system: You are a helpful assistant.
user:
Analyze the provided spectrum to determine if it is a **M-type Giant (gM)**.

A M-type Giant spectrum is defined by its **strong molecular absorption** features, particularly from **Titanium Oxide (TiO)**. You must check for one of the following mutually exclusive signatures:

- **Key Visual Indicators (Absorption-Dominated Spectrum):**

    - **(Primary):** The spectrum is dominated by strong molecular absorption from **Titanium Oxide (TiO)**. This is the **defining feature** of its M-type temperature class.
        - **(Key Bandheads):** Look for sharp, "saw-tooth" absorption valleys. The strongest are located near **~7050 Å**, **~6160 Å**, and **~5170 Å**.
        - **(Line Profile):** The "saw-tooth" morphology is critical: a **sharp, steep drop on the BLUE (short-wavelength) side** of the bandhead, followed by a gradual recovery (rising flux) towards the RED (long-wavelength) side.

    - **(Key Confirmation - Giant vs. Dwarf):** **ABSENCE** of strong **Calcium Hydride (CaH)** molecular bands. This is the primary diagnostic for *excluding* M-dwarfs.
        - **(Key Region):** The spectrum should lack the strong, broad absorption band seen in dwarfs between **~6800 Å and ~7000 Å**.

    - **(Secondary Confirmation - Giant):** A very strong and broad **Neutral Calcium (Ca I)** atomic absorption line.
        - **(Key Line):** Located at **~4226 Å**. In a giant (gM), this line is significantly deeper and broader than the same line in an M-dwarf (dM) due to low surface gravity.

    - **(Overall Spectrum):**
        - The continuum is **extremely red-sloping** (i.e., flux is very low in the blue and rises dramatically towards the red).
        - The entire spectrum appears "chopped up" by the deep TiO bands.

Think first, call **spectral_visualization_tool** if needed to examine features in detail, then provide your final answer. Your response must adhere to the following strict rules:
1.  **Overall Structure:** Your response must follow the format `<think>...</think> <tool_call>...</tool_call> (if a tool is used) <answer>...</answer>`.
2.  **Tool Usage Constraint:** You may only make **one** tool call per turn.
3.  **Final Answer Format:** In the `<answer>` tag, your conclusion must be inside a `\boxed{}` command (e.g., `\boxed{YES}` or `\boxed{NO}`), followed by your justification.

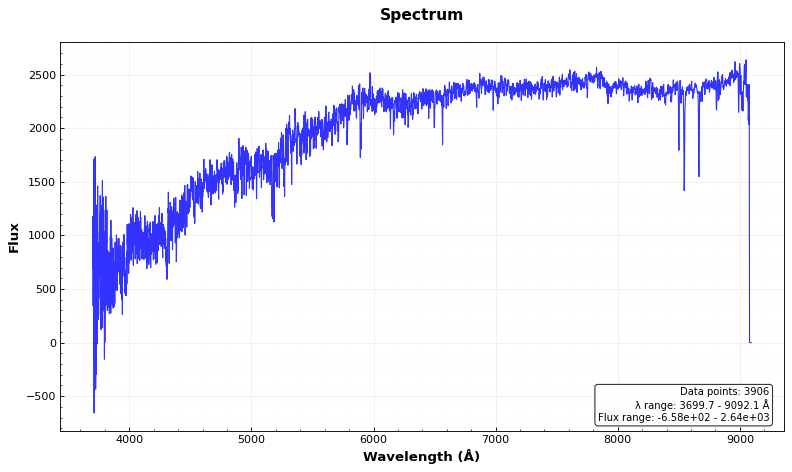
Answer: NO